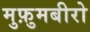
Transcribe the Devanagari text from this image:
मुफ़ुमबीरो